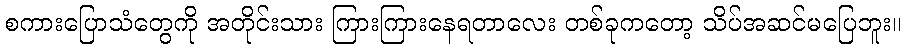
စကားပြောသံတွေကို အတိုင်းသား ကြားကြားနေရတာလေး တစ်ခုကတော့ သိပ်အဆင်မပြေဘူး။